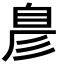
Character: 𮍖